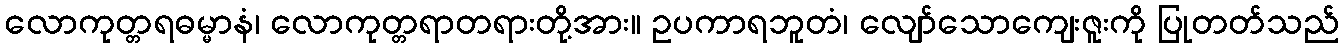
လောကုတ္တရဓမ္မာနံ၊ လောကုတ္တရာတရားတို့အား။ ဥပကာရဘူတံ၊ လျော်သောကျေးဇူးကို ပြုတတ်သည်